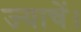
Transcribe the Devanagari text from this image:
ज्याचें।